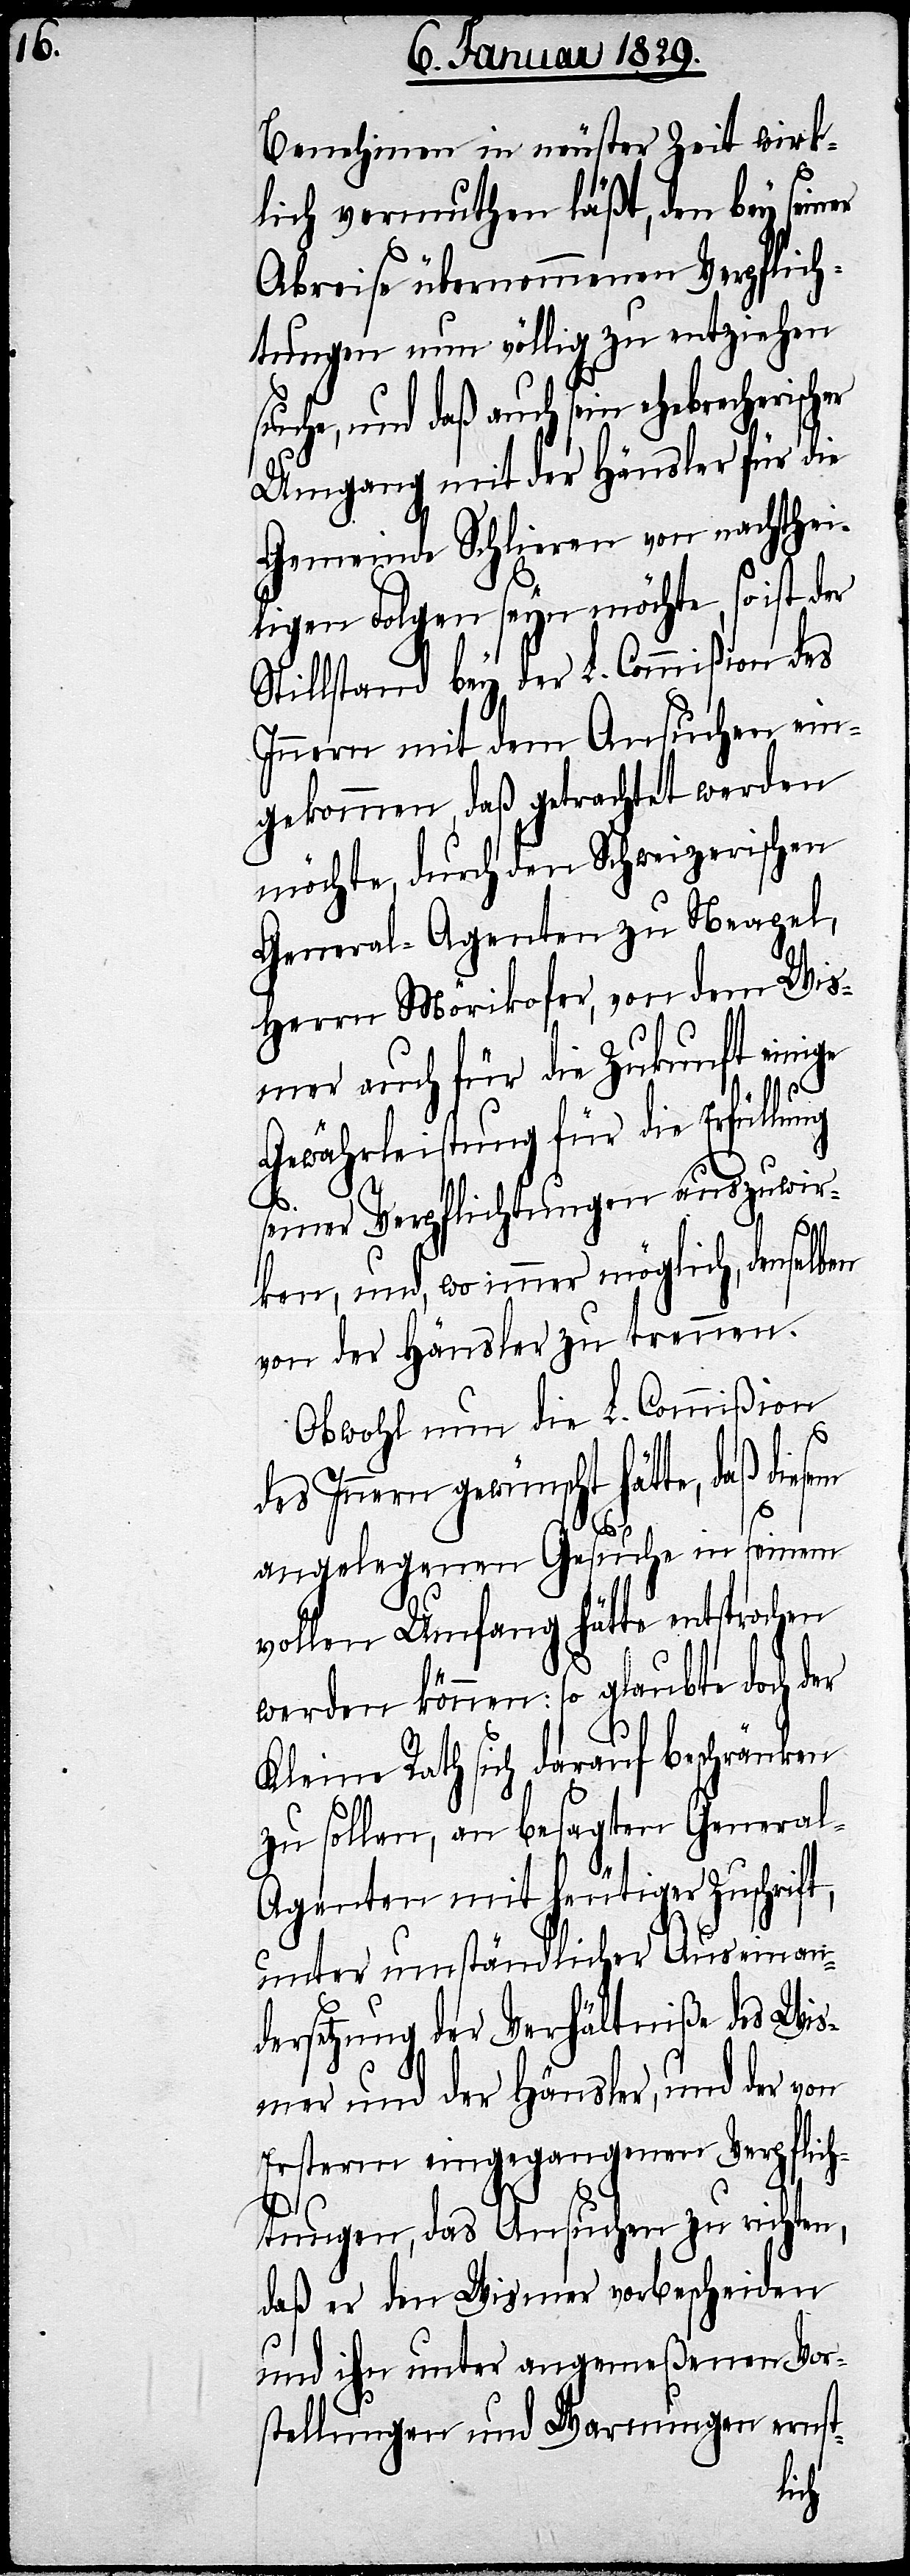
risc¬
Benehmen in neuester Zeit wirk¬
lich vermuthen läßt, den bey sein¬
Abreise übernommenen Verpflich¬
tungen nun völlig zu entziehen
uche, und daß auch sein ehebreche¬
Umgang mit der Hänsler für die
Gemeinde Schlieren von nachthei¬
ligen Folgen seyn möchte, so ist der
Stillstand bey der L. Commißion des
Innern mit dem Ansuchen ein¬
gekommen, daß getrachtet werden
möchte, durch den Schweizerischen
General-Agenten zu Neapel,
Herrn Mörikofer, von dem Wis¬
mer auch für die Zukunft einige
her
Gewährleistungen für die Erfüllung
seiner Verpflichtungen auszuwir¬
ken, und, wo immer möglich, v¬
on der Hänsler zu trennen.
Obwohl nun die L. Commißion
des Innern gewünscht hätte,
angelegenen Gesuche in seinem
vollen Umfang hätte entsprochen
werden können: so glaubte doch der
Kleine Rath sich darauf beschränken
zu sollen, an besagten Genera¬
l-Agenten mit heutiger Zuschrift,
unter umständlicher Auseinan¬
dersetzung der Verhältniße des Wis¬
mer und der Hänsler, und der von
Ersterm eingegangenen Verpflich¬
tungen, das Ansuchen zu richten,
daß er den Wismer vorbescheiden
und ihn unter angemeßenen Vor¬
stellungen und Warnungen ernst-